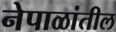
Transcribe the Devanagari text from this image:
नेपाळांतील